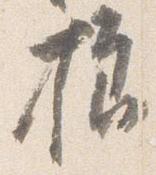
様